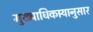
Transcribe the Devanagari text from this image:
मुख्याधिकार्‍यानुसार